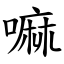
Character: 嘛